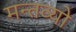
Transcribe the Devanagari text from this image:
मन्तव्यो